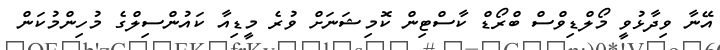
އޭނާ ވިދާޅުވީ މޯލްޑިވްސް ބްރޯޑް ކާސްޓިން ކޮމިޝަނަށް ވުރެ މީޑިއާ ކައުންސިލްގެ މުހިންމުކަން